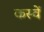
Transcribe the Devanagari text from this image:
कस्वें